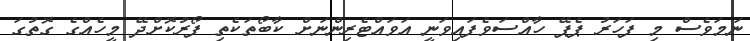
ނަމަވެސް މި ފަހަރު ޕެޕޭ ހާއްސަވެފައިވަނީ އަވައްޓެރިންނަށް ކާބޯތަކެތި ފޯރުކޮށްދޭ މީހެއްގެ ގޮތުގަ